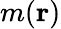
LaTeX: m(\mathbf{r})